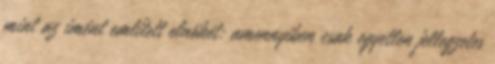
mint az imént említett elnökét: amennyiben csak egyetlen jellegzetes